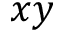
x y